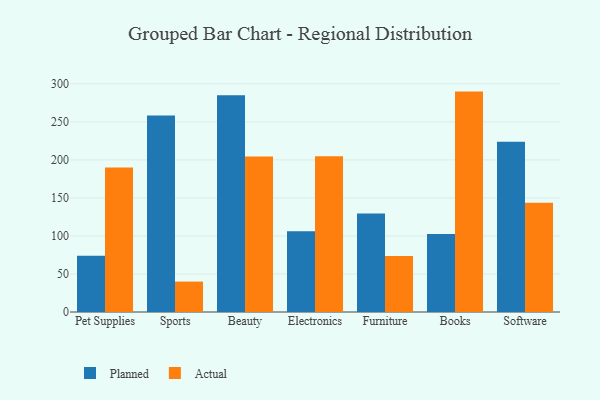
{"axis": {"x": "Category", "y": "Churn Rate (%)"}, "legend": ["Actual", "Planned"], "data": [{"x": "Pet Supplies", "y": 74.1, "type": "Planned"}, {"x": "Pet Supplies", "y": 189.9, "type": "Actual"}, {"x": "Sports", "y": 258.3, "type": "Planned"}, {"x": "Sports", "y": 40.0, "type": "Actual"}, {"x": "Beauty", "y": 285.1, "type": "Planned"}, {"x": "Beauty", "y": 204.5, "type": "Actual"}, {"x": "Electronics", "y": 106.2, "type": "Planned"}, {"x": "Electronics", "y": 204.7, "type": "Actual"}, {"x": "Furniture", "y": 129.4, "type": "Planned"}, {"x": "Furniture", "y": 73.6, "type": "Actual"}, {"x": "Books", "y": 102.6, "type": "Planned"}, {"x": "Books", "y": 289.8, "type": "Actual"}, {"x": "Software", "y": 223.8, "type": "Planned"}, {"x": "Software", "y": 143.6, "type": "Actual"}]}